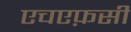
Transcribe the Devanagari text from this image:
एचएफ़सी